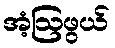
အံ့ဩဖွယ်